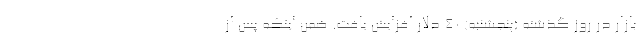
بازار در روز گذشته (پنجشنبه) ۴۰ دلار افزایش یافت. ضمن اینکه پس از